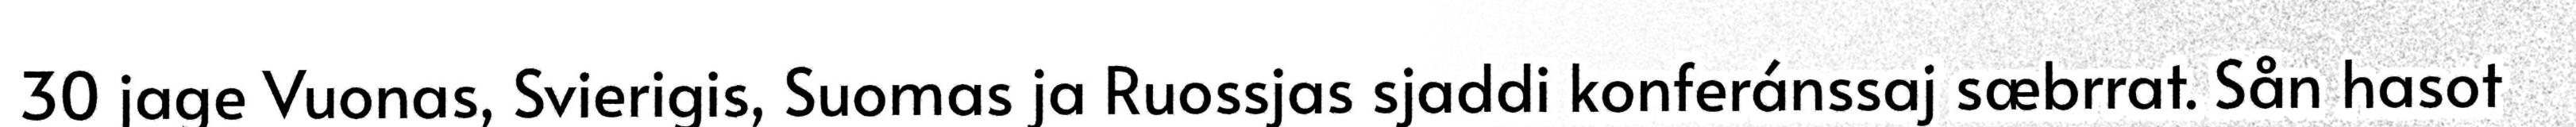
30 jage Vuonas, Svierigis, Suomas ja Ruossjas sjaddi konferánssaj sæbrrat. Sån hasot